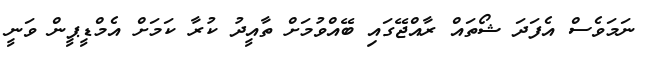
ނަމަވެސް އެފަދަ ޝޯތައް ރާއްޖޭގައި ބޭއްވުމަށް ތާއީދު ކުރާ ކަމަށް އެމްޑީޕީން ވަނީ